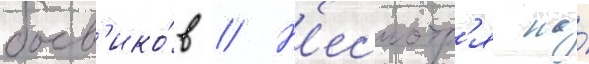
боев'ико́в // Н'есмотр'я на́